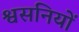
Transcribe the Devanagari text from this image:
श्वसनियों